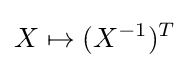
X\mapsto (X^{-1})^{T}